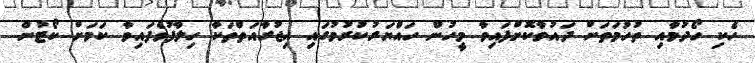
ހެކި ހޯދުމާއި ތުހުމަތަށް ދައުވާކޮށްފައިވާ މީހުން ހައްޔަރުކުރުމުގައި އިޖުރާއަތްތަކާ ހިލާފުވެފައިވާ ކަމަށް ކޯޓުން